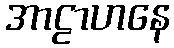
အာဠာဟနေ